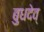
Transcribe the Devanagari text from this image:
बुधदेव्